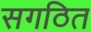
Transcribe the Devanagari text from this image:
सगठित